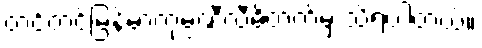
တင့်တင့်မြန်မာကုမ္ပဏီလီမိတက်မှ သိရပါတယ်။